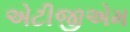
એટીજીએમ